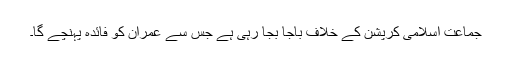
جماعت اسلامی کرپشن کے خلاف باجا بجا رہی ہے جس سے عمران کو فائدہ پہنچے گا۔